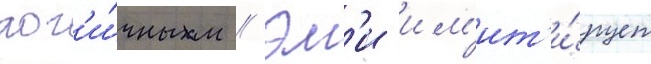
лог'и́чным // Эм'и им'ит'и́рует